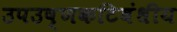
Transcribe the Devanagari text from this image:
उपउष्णकटिबंधीय